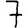
Digit: 7